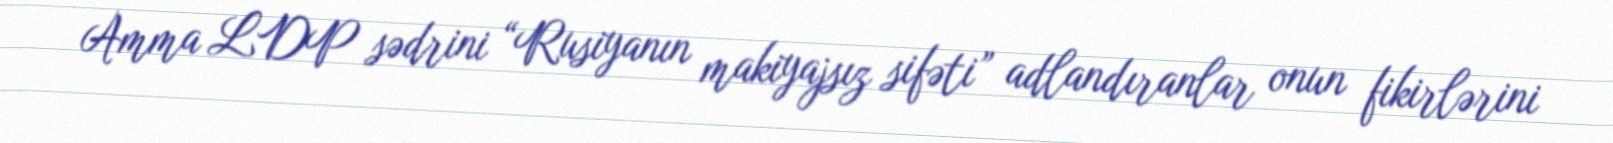
Amma LDP sədrini “Rusiyanın makiyajsız sifəti” adlandıranlar onun fikirlərini